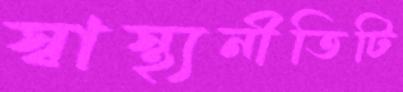
স্বাস্থ্যনীতিটি